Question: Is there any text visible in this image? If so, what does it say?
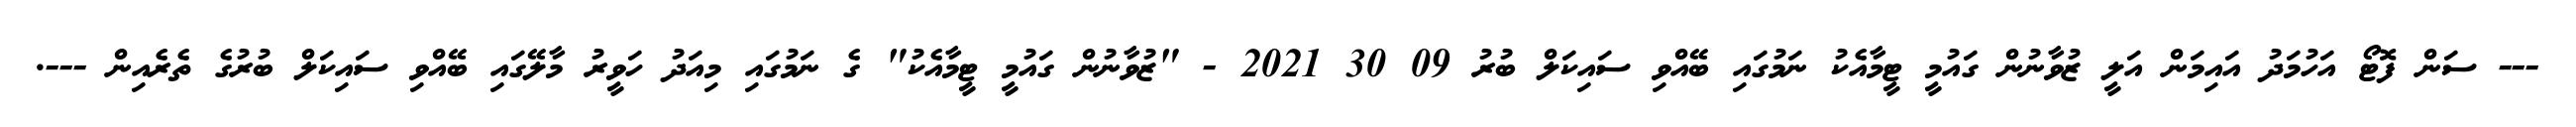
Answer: --- ސަން ފޮޓޯ އަހުމަދު އައިމަން އަލީ ޒުވާނުން ގައުމީ ޓީމާއެކު ނަމުގައި ބޭއްވި ސައިކަލް ބުރު 09 30 2021 - "ޒުވާނުން ގައުމީ ޓީމާއެކު" ގެ ނަމުގައި މިއަދު ހަވީރު މާލޭގައި ބޭއްވި ސައިކަލް ބުރުގެ ތެރެއިން ---.